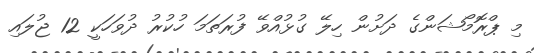
މި ޕްރޮމޯޝަންގެ ދަށުން ހިލޭ ގުޅުއްވޭ ފުރަތަމަ ހުކުރު ދުވަހަކީ 12 ޖުލައި